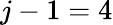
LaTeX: j-1=4